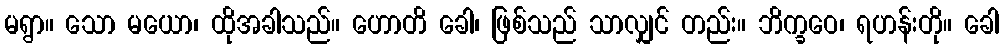
မရွာ။ သော မယော၊ ထိုအခါသည်။ ဟောတိ ခေါ၊ ဖြစ်သည် သာလျှင် တည်း။ ဘိက္ခဝေ၊ ရဟန်းတို။ ခေါ